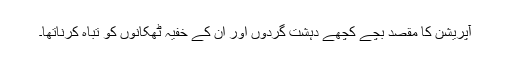
آپریشن کا مقصد بچے کچھے دہشت گردوں اور ان کے خفیہ ٹھکانوں کو تباہ کرناتھا۔